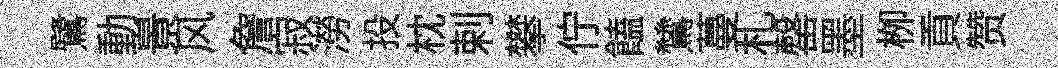
鷺動㬌风詹寂澇投枕剌攀佇饁鷥蔓札罄墨栁貢赞